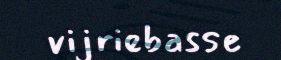
vijriebasse